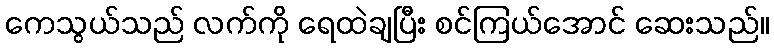
ကေသွယ်သည် လက်ကို ရေထဲချပြီး စင်ကြယ်အောင် ဆေးသည်။